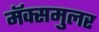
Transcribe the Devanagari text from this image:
मॅक्समुलर